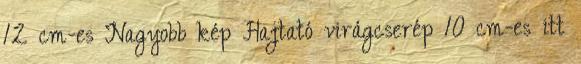
12 cm-es Nagyobb kép Hajtató virágcserép 10 cm-es itt